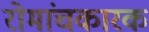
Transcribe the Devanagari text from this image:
रोमांचकारक